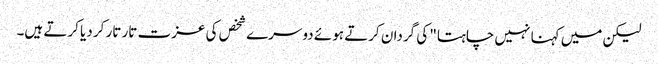
لیکن میں کہنا نہیں چاہتا" کی گردان کرتے ہوئے دوسرے شخص کی عزت تار تار کر دیا کرتے ہیں۔